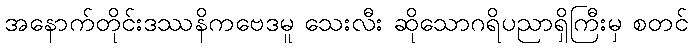
အနောက်တိုင်းဒဿနိကဗေဒမူ သေးလီး ဆိုသောဂရိပညာရှိကြီးမှ စတင်